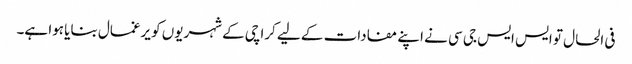
فی الحال تو ایس ایس جی سی نے اپنے مفادات کے لیے کراچی کے شہریوں کو یرغمال بنایا ہوا ہے۔